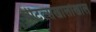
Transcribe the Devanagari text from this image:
बीटल्सखालोखाल